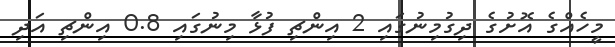
މީހެއްގެ އޮށުގެ ދިގުމިނުގައި 2 އިންޗި ފުޅާ މިނުގައި 0.8 އިންޗި އަދި